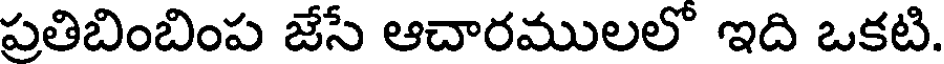
ప్రతిబింబింప జేసే ఆచారములలో ఇది ఒకటి.